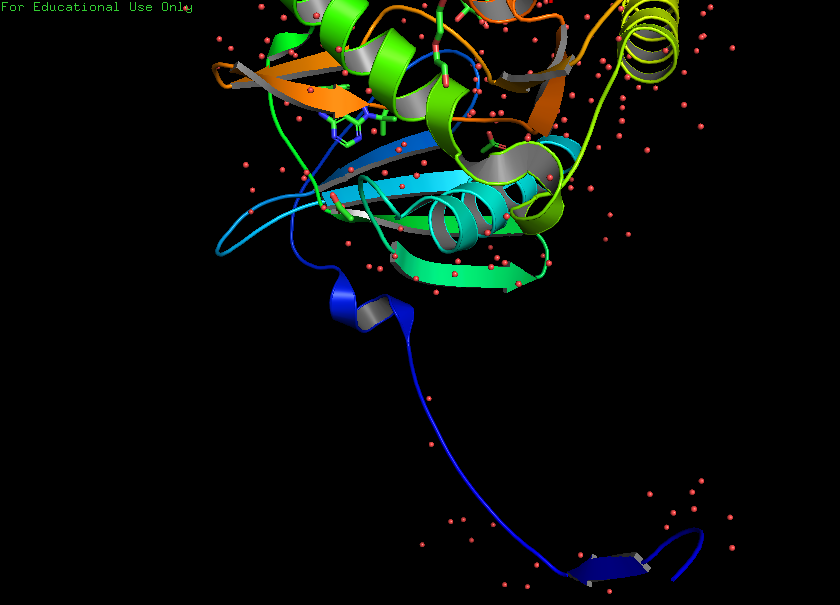
pymol, preset, pub_solv